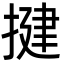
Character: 揵